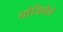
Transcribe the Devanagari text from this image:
योजिलेले